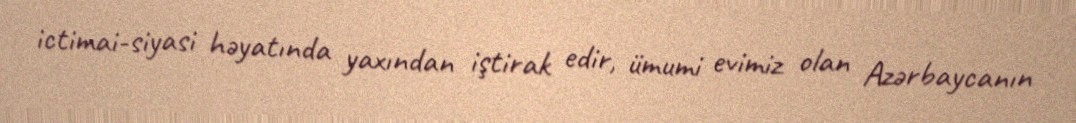
ictimai-siyasi həyatında yaxından iştirak edir, ümumi evimiz olan Azərbaycanın